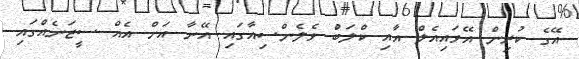
އޭގެ ކުރިން އޭވައިއެލް އާއި ކްލަބުް ވެލެންސިއާގައި އޭނާ އަށް އެއް ސީޒަނެއްގައި